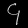
Digit: ၄